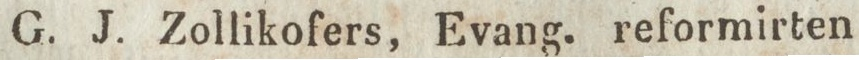
G. J. Zollikofers, Evang. reformirten